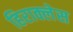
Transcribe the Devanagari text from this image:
हिराक्लेस